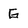
Character: G